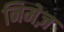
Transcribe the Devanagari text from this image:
निमेज़